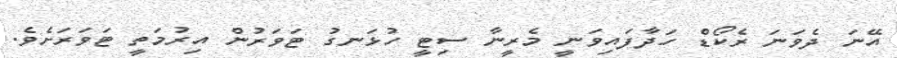
އޭނަ ދެވަނަ ރެކޯޑް ހަދާފައިވަނީ މެރީނާ ސިޓީ ހުޅަނގު ޓަވަރުން އިރުމަތީ ޓަވަރަށެވެ.